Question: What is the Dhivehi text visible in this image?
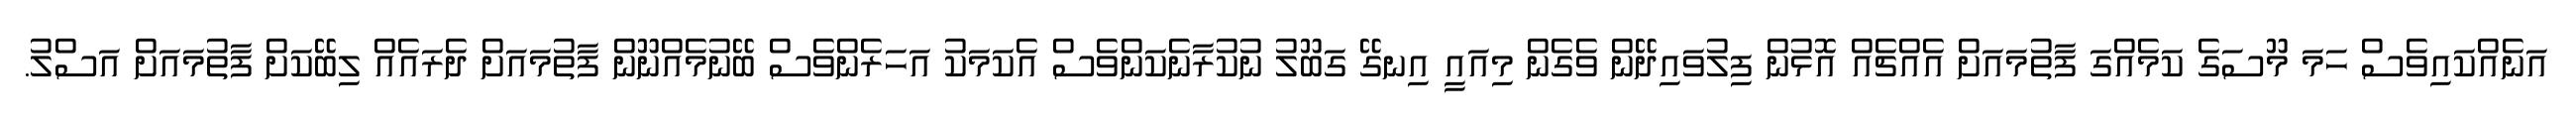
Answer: އަނެއްކައިވެސް ހަމަ މޫސަގެ ކަމެއްގަ ފާތުމައަށް އެއްޗެއް އޮޅުން ފިލުވައިދޭން ވެގެން މިއައީ އިނގޭ ގަބޫލު ނުކުރާނެކަންވެސް އެކަމަކު އަހަރެންވެސް ބޭނުމެއްނޫން ފާތުމައަށް ދެރައެއް ލިބޭކަށް ފާތުމައަށް އަސްލު.